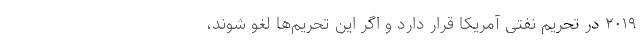
۲۰۱۹ در تحریم نفتی آمریکا قرار دارد و اگر این تحریم‌ها لغو شوند،